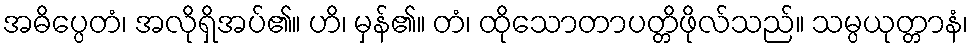
အဓိပ္ပေတံ၊ အလိုရှိအပ်၏။ ဟိ၊ မှန်၏။ တံ၊ ထိုသောတာပတ္တိဖိုလ်သည်။ သမ္ပယုတ္တာနံ၊